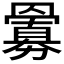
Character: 𮊜